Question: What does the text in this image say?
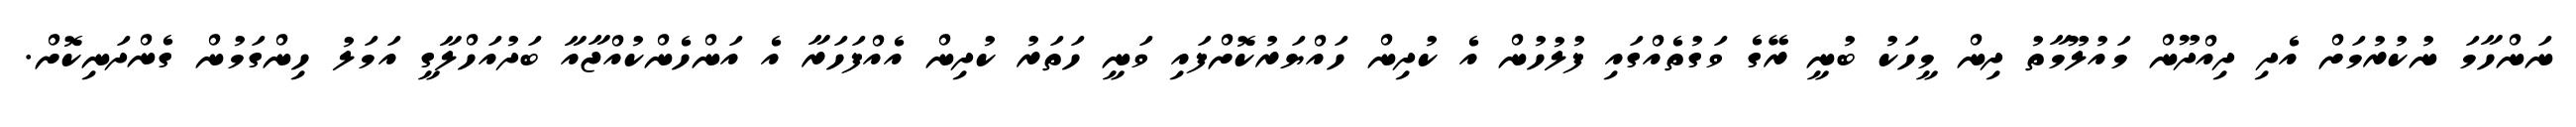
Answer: ނަންހާމަ ނުކުރުމަށް އެދި ދިއްދޫން މައުލޫމާތު ދިން މީހަކު ބުނީ ރޭގެ ވަގުތެއްގައި ފުލުހުން އެ ކުދިން ހައްޔަރުކޮށްފައި ވަނީ ހަތަރު ކުދިން އެއްފަހަރާ އެ އަންހެންކުއްޖާއާ ބަދުއަހްލާގީ އަމަލު ހިންގަމުން ގެންދަނިކޮށް.